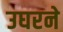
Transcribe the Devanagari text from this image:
उघरने